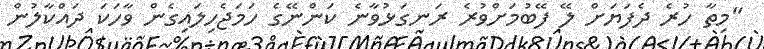
"މިތާ ހުރެ ދެފަޔަށް ލޭ ފޭބުމަށްވުރެ ރަނގަޅުވާނެ ކަންނޭގެ ހަމަޖެހިލައިގެން ވާހަކަ ދައްކާލުން